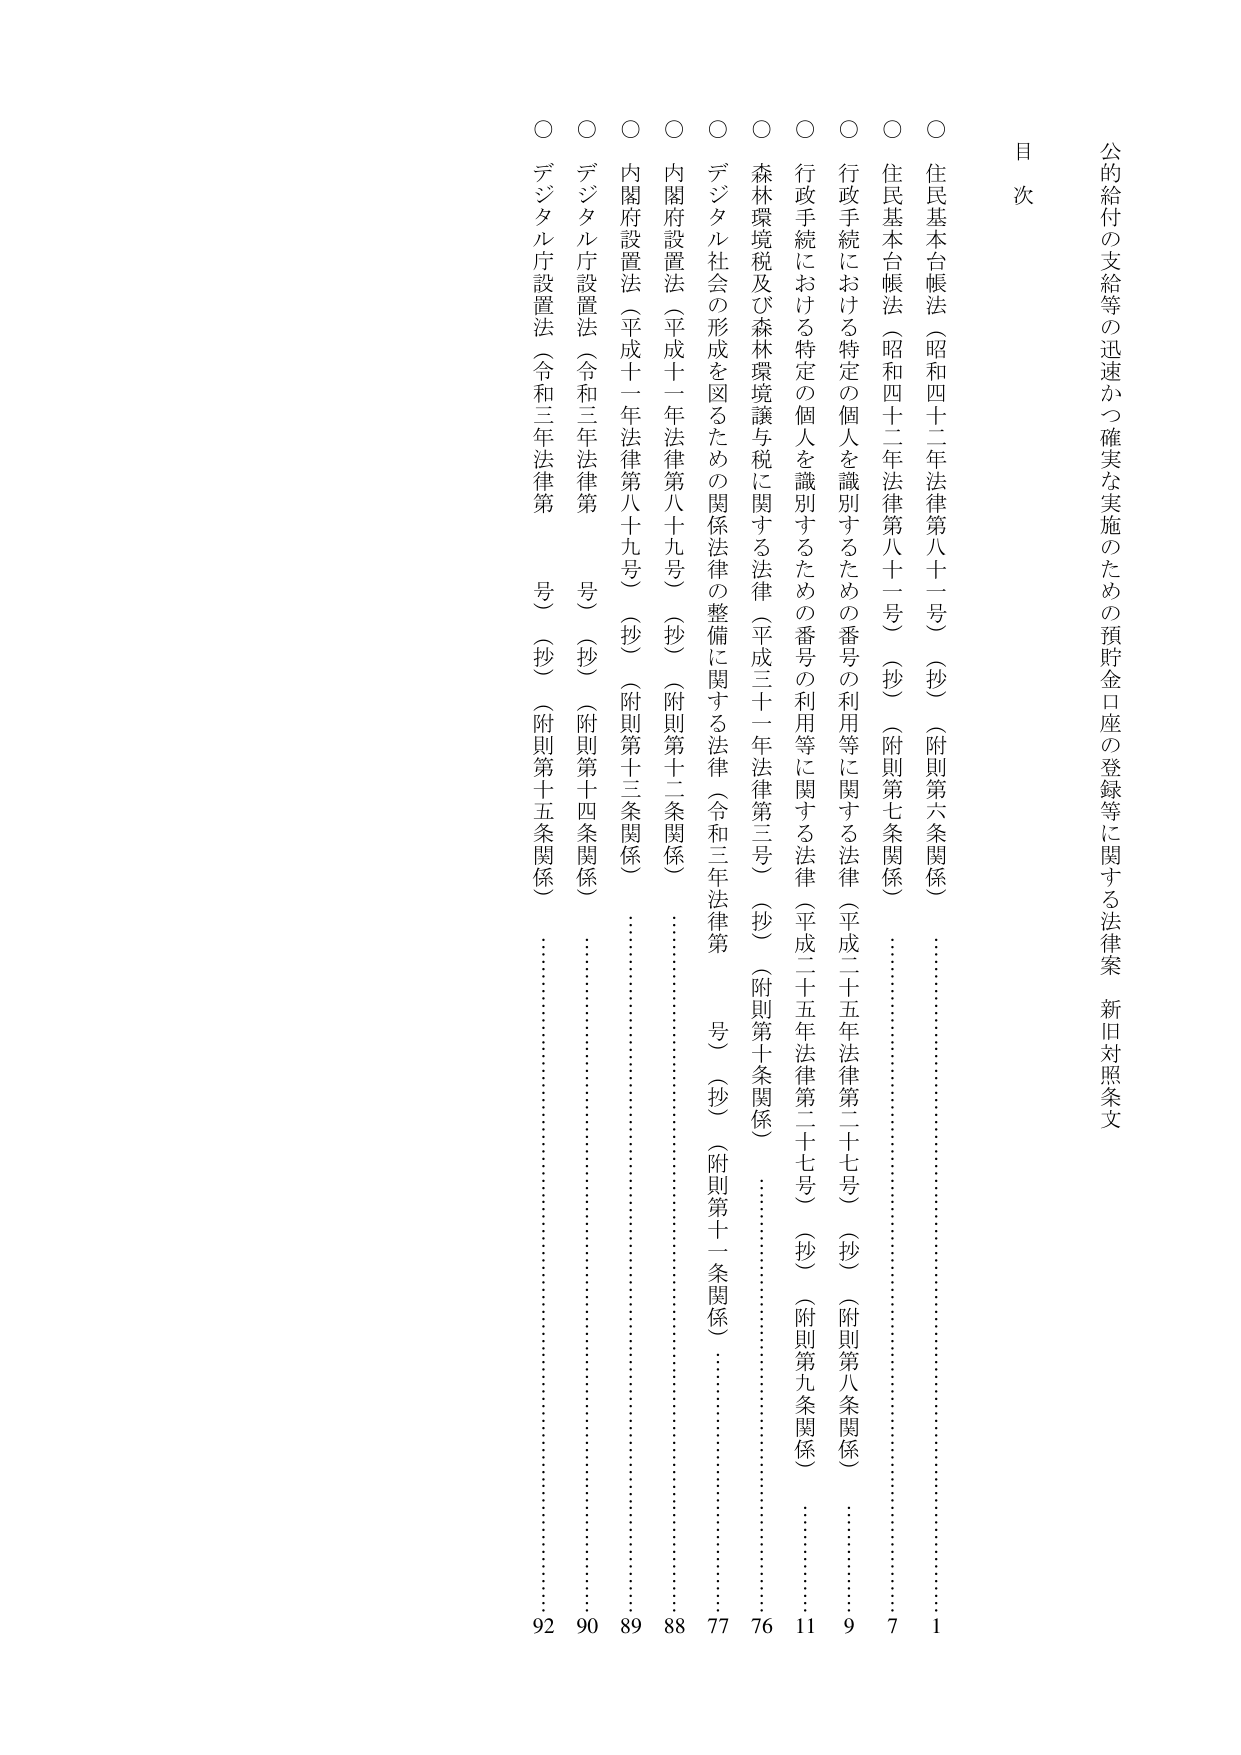
公的給付の支給等の迅速かつ確実な実施のための預貯金口座の登録等に関する法律案 新旧対照条文

目 次

○ 住民基本台帳法（昭和四十二年法律第八十二号）（抄）（附則第六条関係） ……………………………… 1
○ 住民基本台帳法（昭和四十二年法律第八十二号）（抄）（附則第七条関係） ……………………………… 7
○ 行政手続における特定の個人を識別するための番号の利用等に関する法律（平成二十五年法律第二十七号）（抄）（附則第八条関係） ……………………………… 9
○ 行政手続における特定の個人を識別するための番号の利用等に関する法律（平成二十五年法律第二十七号）（抄）（附則第九条関係） ……………………………… 11
○ 森林環境税及び森林環境譲与税に関する法律（平成三十一年法律第三号）（抄）（附則第十条関係） ……………………………… 76
○ デジタル社会の形成を図るための関係法律の整備に関する法律（令和三年法律第 号）（抄）（附則第十一条関係） ……………………………… 77
○ 内閣府設置法（平成十一年法律第八十九号）（抄）（附則第十二条関係） ……………………………… 88
○ 内閣府設置法（平成十一年法律第八十九号）（抄）（附則第十三条関係） ……………………………… 89
○ デジタル庁設置法（令和三年法律第 号）（抄）（附則第十四条関係） ……………………………… 90
○ デジタル庁設置法（令和三年法律第 号）（抄）（附則第十五条関係） ……………………………… 92